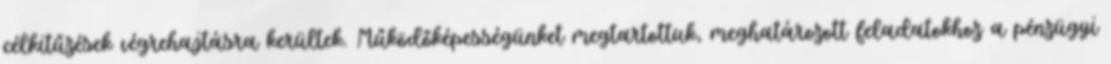
célkitűzések végrehajtásra kerültek. Működőképességünket megtartottuk, meghatározott feladatokhoz a pénzügyi